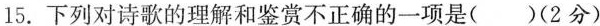
15.下列对诗歌的理解和鉴赏不正确的一项是( )(2分)